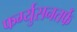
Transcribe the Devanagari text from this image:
फर्ग्युसनतर्फे